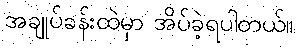
အချုပ်ခန်းထဲမှာ အိပ်ခဲ့ရပါတယ်။